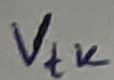
Text: Vtk